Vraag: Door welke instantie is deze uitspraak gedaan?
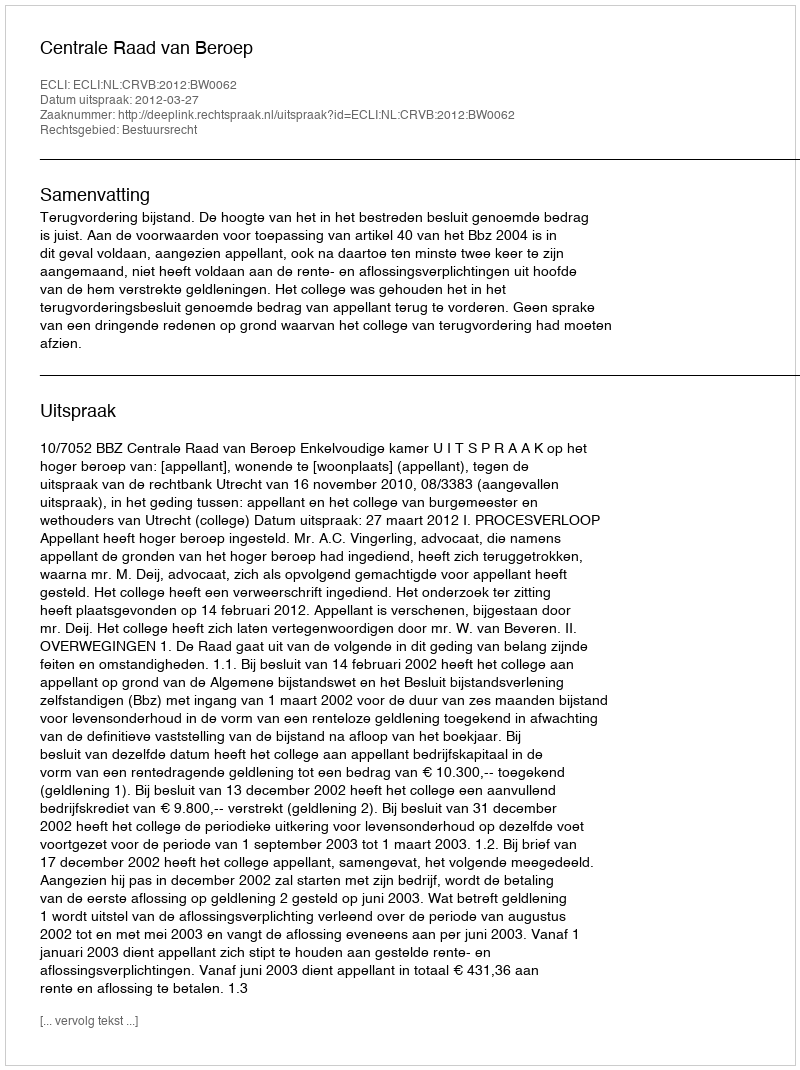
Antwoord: Centrale Raad van Beroep